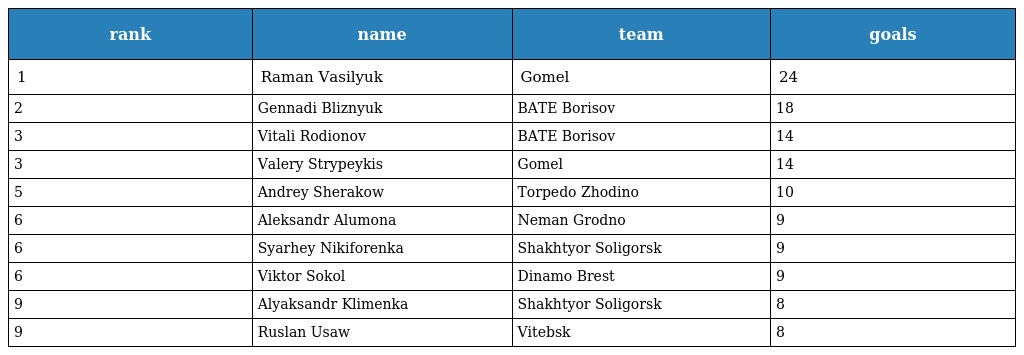
| rank | name | team | goals |
 | --- | --- | --- | --- |
 | 1 | Raman Vasilyuk | Gomel | 24 |
 | 2 | Gennadi Bliznyuk | BATE Borisov | 18 |
 | 3 | Vitali Rodionov | BATE Borisov | 14 |
 | 3 | Valery Strypeykis | Gomel | 14 |
 | 5 | Andrey Sherakow | Torpedo Zhodino | 10 |
 | 6 | Aleksandr Alumona | Neman Grodno | 9 |
 | 6 | Syarhey Nikiforenka | Shakhtyor Soligorsk | 9 |
 | 6 | Viktor Sokol | Dinamo Brest | 9 |
 | 9 | Alyaksandr Klimenka | Shakhtyor Soligorsk | 8 |
 | 9 | Ruslan Usaw | Vitebsk | 8 |